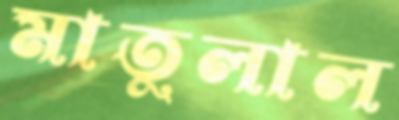
মাতুলাল